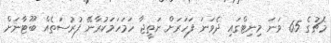
މެޗުގެ 65 ވަނަ މިނިޓްގައި ދެވަނަ ފަހަރަށް ނަތީޖާ ހަމަހަމަކުރާނޭ ފުރުސަތެއް ބޫޓާނަށް